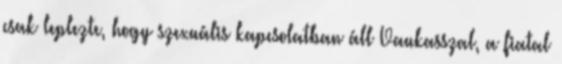
csak leplezte, hogy szexuális kapcsolatban áll Vaukasszal, a fiatal